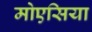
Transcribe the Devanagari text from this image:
मोएसिया